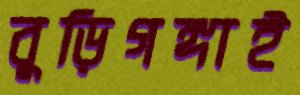
বুড়িগঙ্গাই